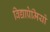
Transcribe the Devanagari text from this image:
विद्याप्रेमियों